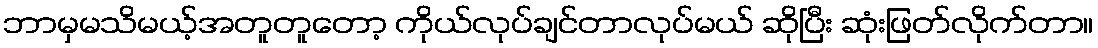
ဘာမှမသိမယ့်အတူတူတော့ ကိုယ်လုပ်ချင်တာလုပ်မယ် ဆိုပြီး ဆုံးဖြတ်လိုက်တာ။